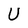
Character: U